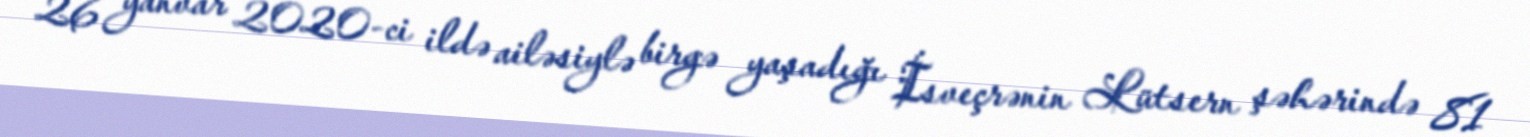
26 yanvar 2020-ci ildə ailəsiylə birgə yaşadığı İsveçrənin Lütsern şəhərində 81